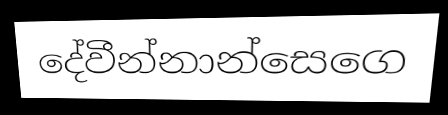
දේවීන්නාන්සෙගෙ